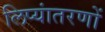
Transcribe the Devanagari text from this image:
लिप्यांतरणों